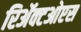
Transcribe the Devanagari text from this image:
रिॲक्टओएस